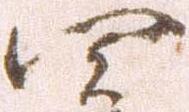
四